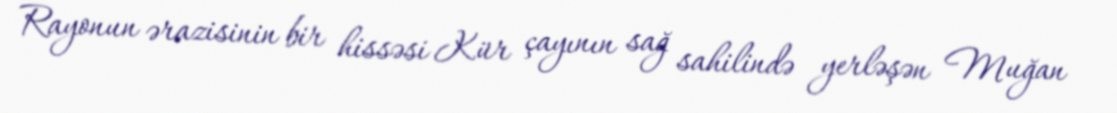
Rayonun ərazisinin bir hissəsi Kür çayının sağ sahilində yerləşən Muğan